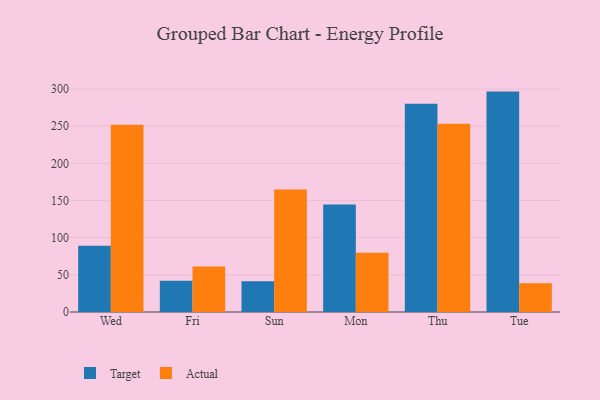
{"axis": {"x": "Day", "y": "Shipments"}, "legend": ["Actual", "Target"], "data": [{"x": "Wed", "y": 89.3, "type": "Target"}, {"x": "Wed", "y": 252.0, "type": "Actual"}, {"x": "Fri", "y": 42.1, "type": "Target"}, {"x": "Fri", "y": 61.3, "type": "Actual"}, {"x": "Sun", "y": 41.5, "type": "Target"}, {"x": "Sun", "y": 164.8, "type": "Actual"}, {"x": "Mon", "y": 144.8, "type": "Target"}, {"x": "Mon", "y": 79.6, "type": "Actual"}, {"x": "Thu", "y": 280.2, "type": "Target"}, {"x": "Thu", "y": 253.5, "type": "Actual"}, {"x": "Tue", "y": 296.6, "type": "Target"}, {"x": "Tue", "y": 38.6, "type": "Actual"}]}